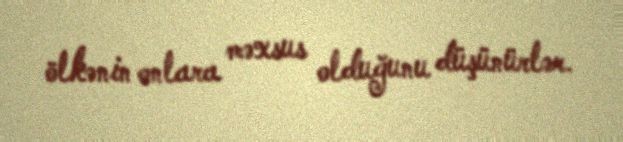
ölkənin onlara məxsus olduğunu düşünürlər.